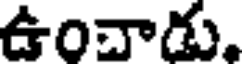
ఉంచాడు.